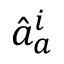
\hat { a } _ { a } ^ { i }